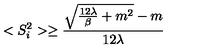
< S _ { i } ^ { 2 } > \ge \frac { { \sqrt { \frac { 1 2 \lambda } { \beta } + m ^ { 2 } } } - m } { 1 2 \lambda }